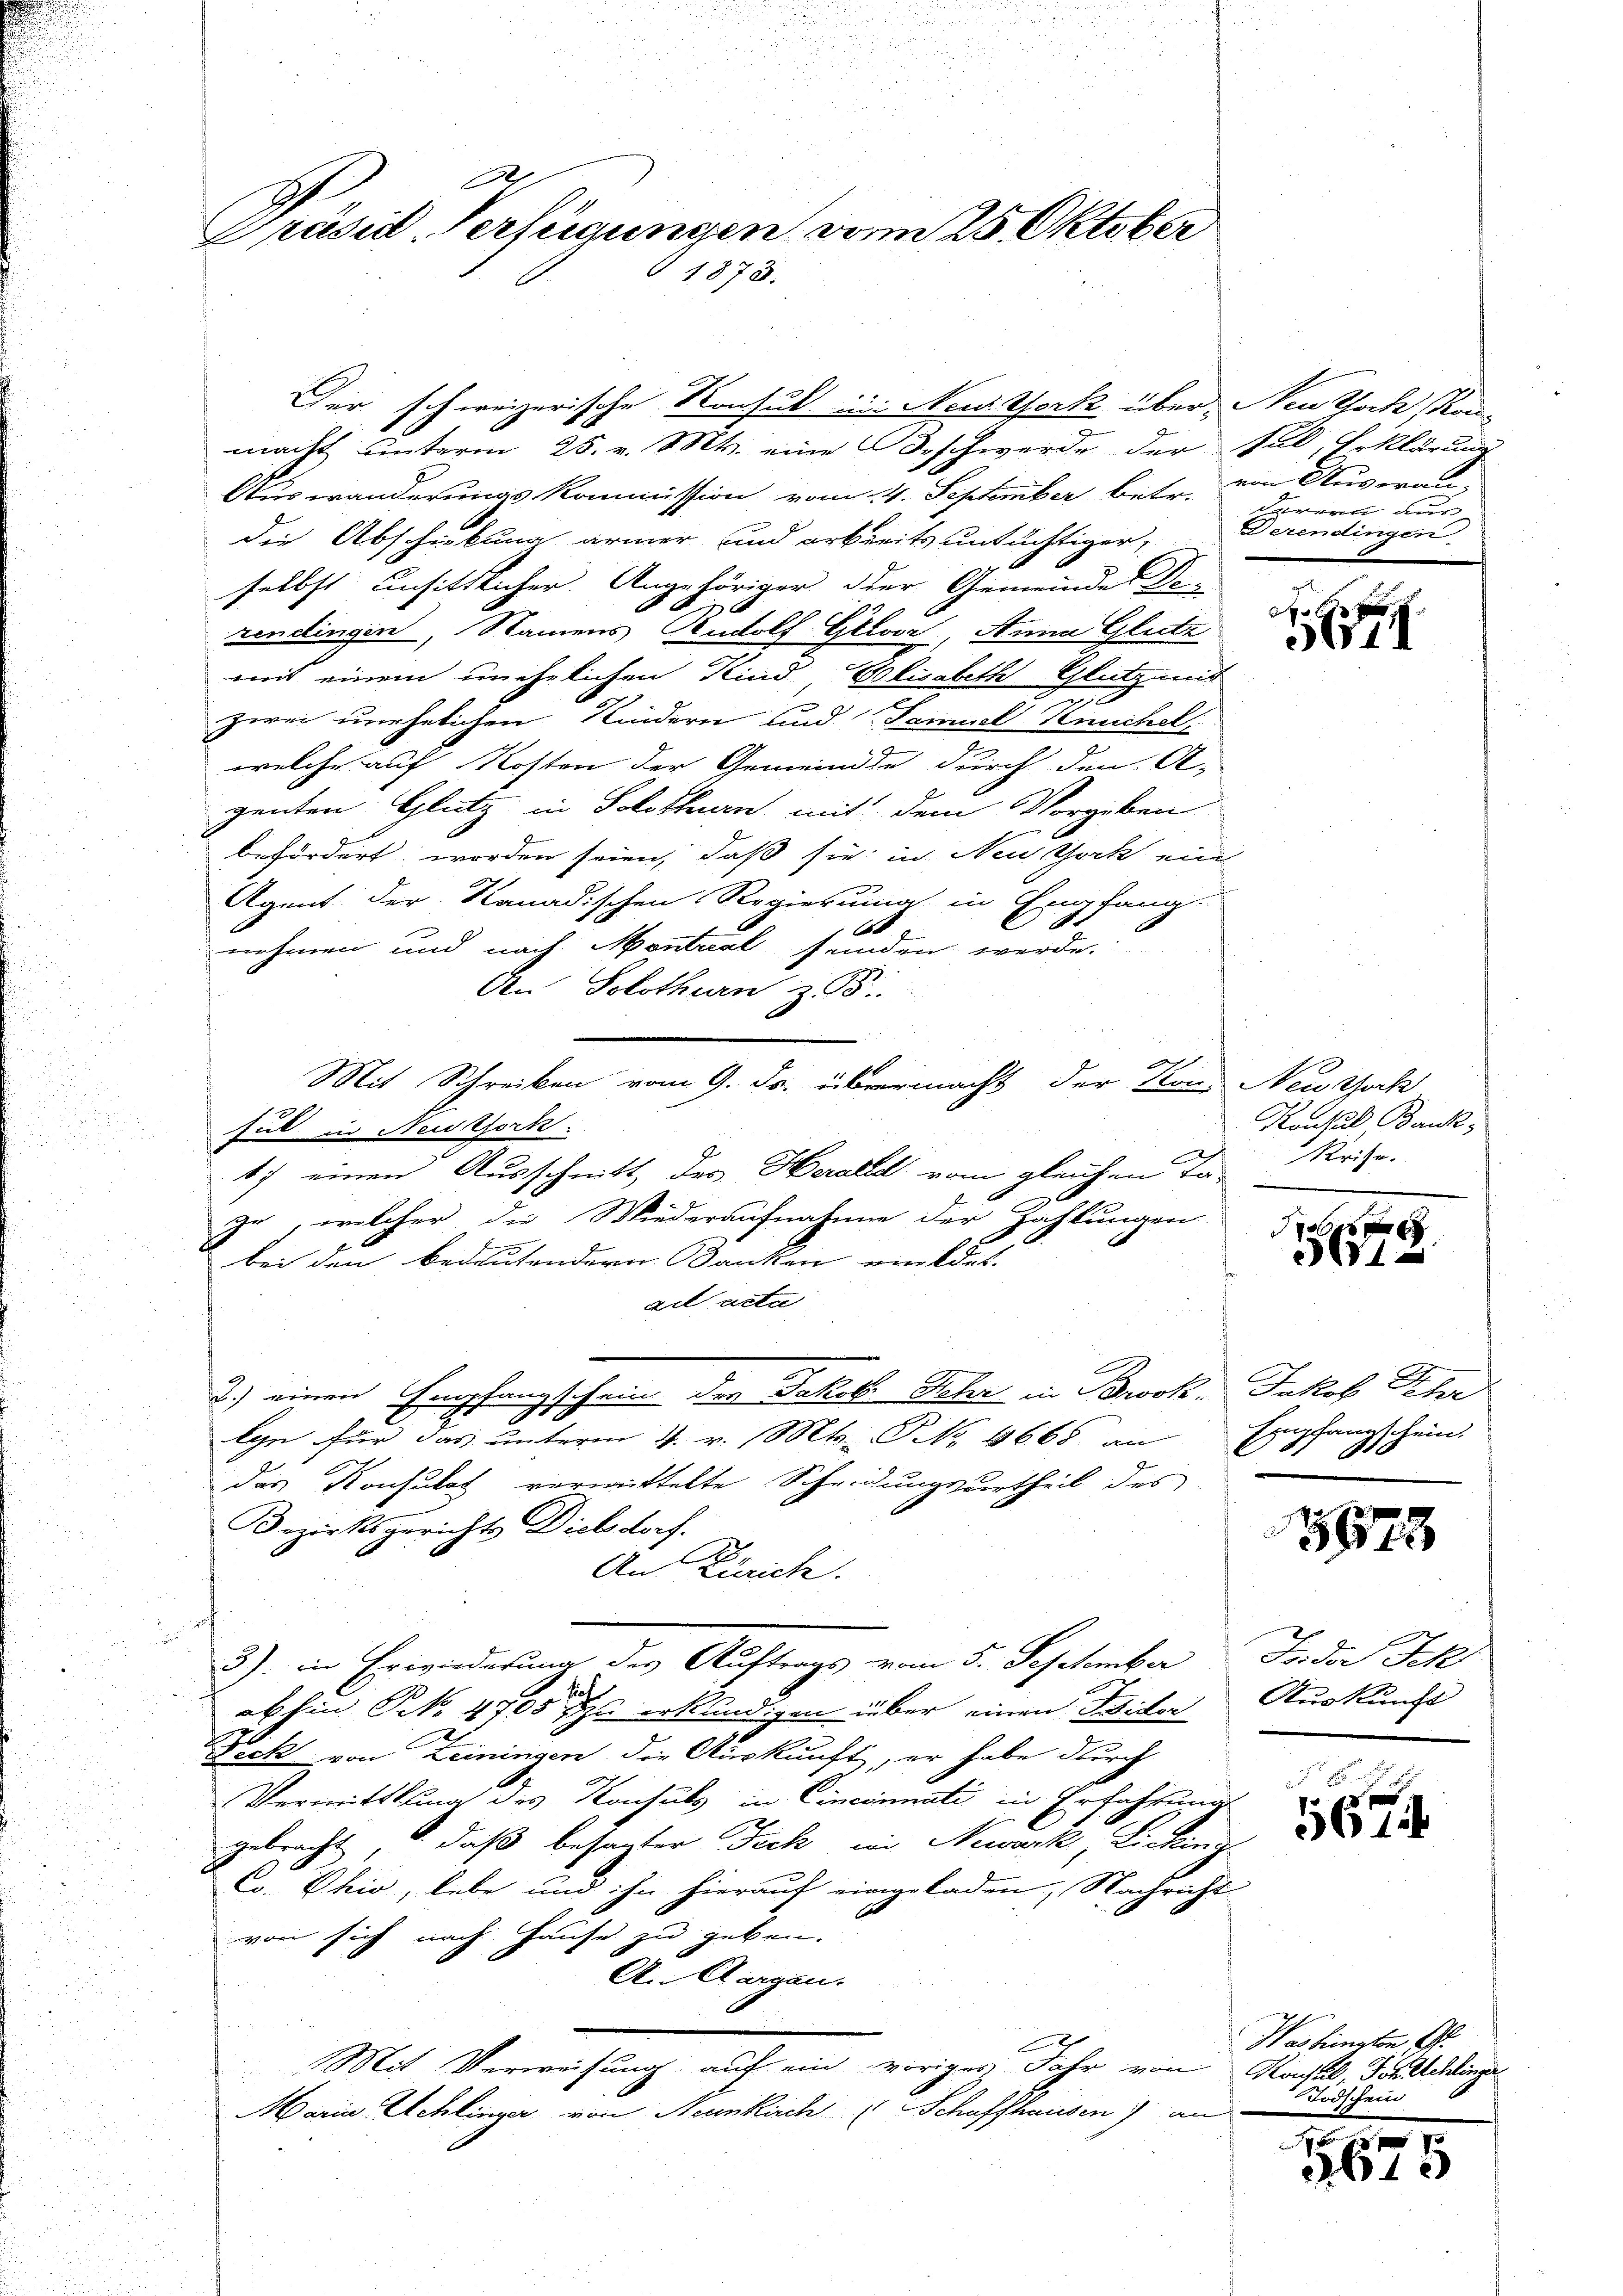
1
Präsid-Verfügungen vom 25. Oktober
1878.

Ger schweizerische Konsul in Neuitfork über Neuthoch Kon-

macht unterm 25. v. M. eine Beschwerde der Fal, Erklärung
Auswanderungs Kommission vom 14. September betr.
die Abschickung ärmer und arbreits untüchtiger,
selbst unsittlicher. Angehöriger der Gemeindes Se-
rendingen, Namens Rudolf Gloor, Anna Glutz
mit einem unehelichen Kind Elisabeth Glutz mit
zwei unehelichen Kindern und Famuel Keuchel,
welche auf Kosten der Gemeinde durch den A
E
genten Glutz in Solothurn mit dem Vorgeben
befördert worden seien, daß sie in Neuböck ein
Agent der Kanadischen Regierung in Empfang.
2
nehmen und nach Montral feinden werde.
An Solothurn z. 58.
aht.
Mit Schreiben vom 9. ds. übermacht der von New York
sul in Neckfork.
F
17 einen Ausschnitt des Heralle vom gleichen Ta-
zu, welcher die Wiederaufnahme der Zahlungen
bei den bedeutendern Danken wildet.
ad acta
e
d.) einen Empfangschein des Jakob Mehr in Brock, Jakob Schr
kon für das unterm 4. v. Mts. NNo. 4668 an Empfangschein.
das Konsulat vermittelte Scheidungsurtheil des
Bezirksgerichts Dielsdorf.
An Zürich.
d
3) in Erwiederung des Auftrags vom 5. September Fridor Sch
sich
abhin Nr. 4705 zu erkundigen über einen Wider Auskunft
Dick von Leiningen die Auskunft, er habe durch
Vermittlung des Konsuls in Cincinati in Erfahrung
gebracht, daß besagter Teck, in Newark, Licking
Co. Phio, lebe und ihn hierauf eingeladen, Nachricht
von sich nach Hause zu geben.
A. Cargen.
Mit Verweisung auf ein voriges Jahr von Kochel Forschlinger
Maria Schlinger von Neunkirch Schaffhausen) an

von Anveran,
derern dur
Derendingen

H

Konsul Bank,
Krite.

51

1878

5

561

Washington 19.
Todschein

42